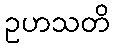
ဥဟသတိ